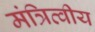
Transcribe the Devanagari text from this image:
मंत्रित्वीय